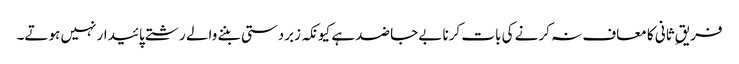
فریقِ ثانی کا معاف نہ کرنے کی بات کرنا بےجا ضد ہے کیونکہ زبردستی بننے والے رشتے پائیدار نہیں ہوتے۔